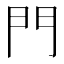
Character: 門